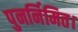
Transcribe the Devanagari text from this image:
पुनर्निमित।